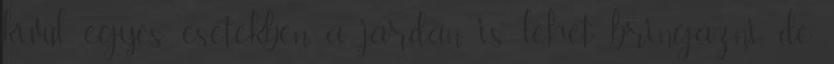
kívül egyes esetekben a járdán is lehet bringázni, de